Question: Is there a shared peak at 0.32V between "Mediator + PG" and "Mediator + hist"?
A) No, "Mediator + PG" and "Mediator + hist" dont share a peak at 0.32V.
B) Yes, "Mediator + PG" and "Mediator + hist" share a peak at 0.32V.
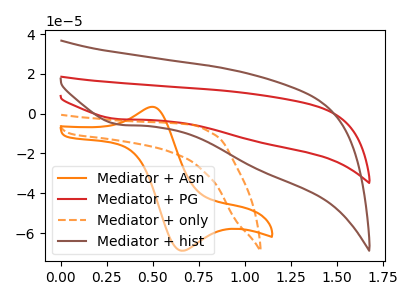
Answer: <think>The orange curve "Mediator + Asn" has an anodic peak at (0.50V, 3.30uA) and a cathodic peak at (0.65V, -68.90uA). The red curve "Mediator + PG" has a cathodic peak at: (0.30V, -2.75uA). The orange dashed curve "Mediator + only" has no peaks. The brown curve "Mediator + hist" has a cathodic peak at: (0.30V, -5.45uA).</think>
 <answer>B) Yes, "Mediator + PG" and "Mediator + hist" share a peak at 0.32V.</answer>
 <eval>B</eval>